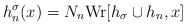
\begin{align*}h_n^{\sigma}(x)=N_n {\rm Wr}[h_{\sigma}\cup h_n,x]\end{align*}